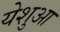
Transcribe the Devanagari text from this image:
येशुआ